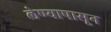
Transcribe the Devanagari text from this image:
लेण्यापासून